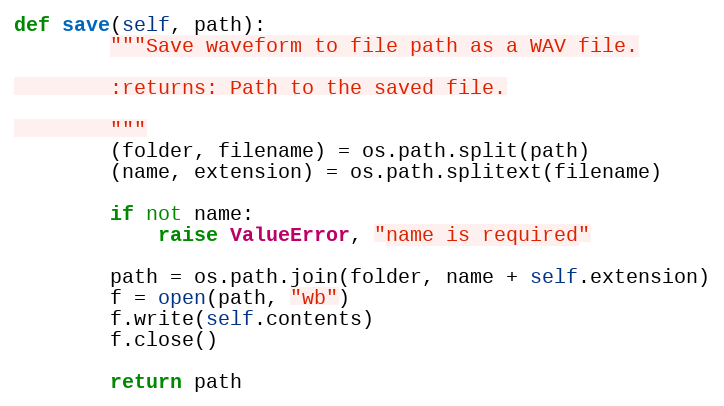
Language: Python
def save(self, path):
        """Save waveform to file path as a WAV file.

        :returns: Path to the saved file.

        """
        (folder, filename) = os.path.split(path)
        (name, extension) = os.path.splitext(filename)

        if not name:
            raise ValueError, "name is required"

        path = os.path.join(folder, name + self.extension)
        f = open(path, "wb")
        f.write(self.contents)
        f.close()

        return path